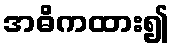
အဓိကထား၍